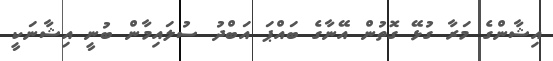
އިޝާންގެ މަރާ ގުޅޭ ގޮތުން އޭނާގެ ބައްޕަ އަބްދު ސުލައިމާން ބުނީ އިޝާނަކީ